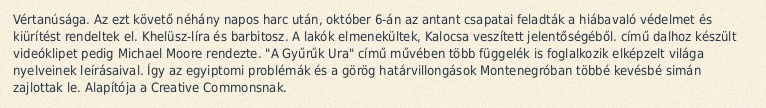
Vértanúsága. Az ezt követő néhány napos harc után, október 6-án az antant csapatai feladták a hiábavaló védelmet és kiürítést rendeltek el. Khelüsz-líra és barbitosz. A lakók elmenekültek, Kalocsa veszített jelentőségéből. című dalhoz készült videóklipet pedig Michael Moore rendezte. "A Gyűrűk Ura" című művében több függelék is foglalkozik elképzelt világa nyelveinek leírásaival. Így az egyiptomi problémák és a görög határvillongások Montenegróban többé kevésbé simán zajlottak le. Alapítója a Creative Commonsnak.